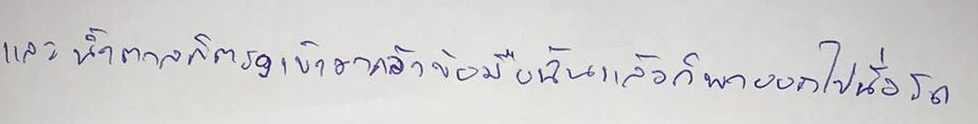
และน้ำตาลก็ตรงเข้ามาคว้าข้อมือฉับแล้วก็พาออกไปนั่งรถ